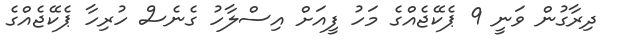
ދިރާގުން ވަނީ 9 ޕެކޭޖެއްގެ މަހު ފީއަށް އިސްލާހު ގެނެސް ހުރިހާ ޕެކޭޖެއްގެ